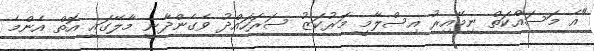
"އެ މަސައްކަތް ނިމޭއިރު އިސްލާމީ މަރުކަޒު ސަރަހައްދު ވެގެންދާނީ މާލޭގައި އޮތް އެންމެ